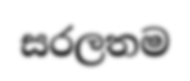
සරලතම